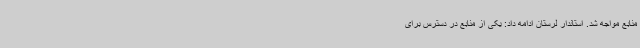
منابع مواجه شد. استاندار لرستان ادامه داد: یکی از منابع در دسترس برای